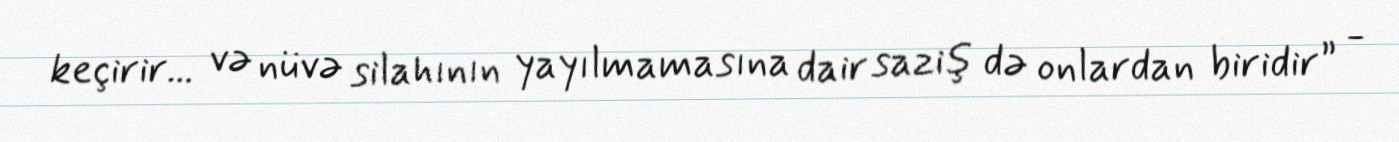
keçirir... və nüvə silahının yayılmamasına dair saziş də onlardan biridir” -